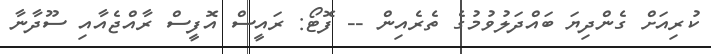
ކުރިއަށް ގެންދިޔަ ބައްދަލުވުމުގެ ތެރެއިން -- ފޮޓޯ: ރައީސް އޮފީސް ރާއްޖެއާއި ސޫދާނާ